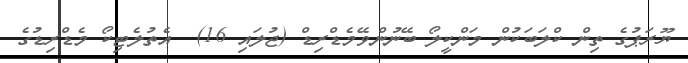
ޔޫރަޕުގެ ތިން ކްލަބަކުން މަންކީލޯ ބޭނުންވޭމެޑްރިޑް (ޖުލައި 16)  އެތުލެޓިކޯ މެޑްރިޑުގެ